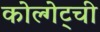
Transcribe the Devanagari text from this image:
कोल्गेट्ची